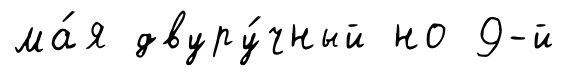
ма́я двуру́чный но 9-й